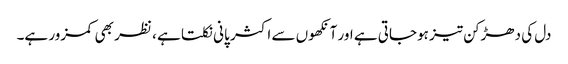
دل کی دھڑکن تیز ہوجاتی ہے اور آنکھوں سے اکثر پانی نکلتا ہے ، نظر بھی کمزور ہے۔